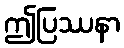
ဤပြဿနာ